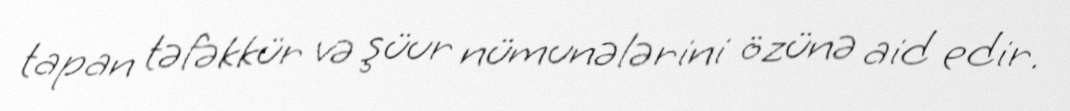
tapan təfəkkür və şüur nümunələrini özünə aid edir.